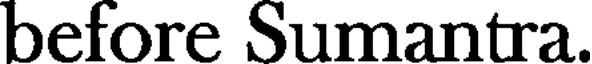
before Sumantra.